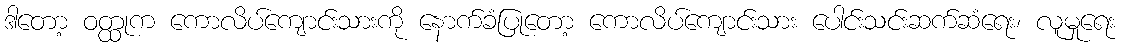
ဒါတော့ ဝတ္ထုက ကောလိပ်ကျောင်းသားကို နောက်ခံပြုတော့ ကောလိပ်ကျောင်းသား ပေါင်းသင်းဆက်ဆံရေး၊ လူမှုရေး